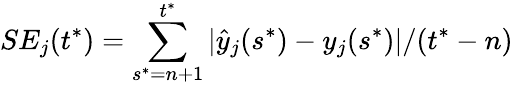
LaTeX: SE_{j}(t^{*})=\sum_{s^{*}=n+1}^{t^{*}}|\hat{y}_{j}(s^{*})-y_{j}(s^{*})|/(t^{*}-n)